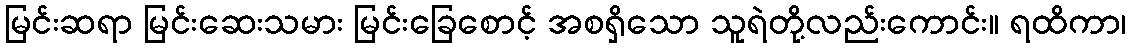
မြင်းဆရာ မြင်းဆေးသမား မြင်းခြေစောင့် အစရှိသော သူရဲတို့လည်းကောင်း။ ရထိကာ၊